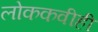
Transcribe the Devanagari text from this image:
लोककवीही